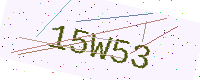
Text: 15W53